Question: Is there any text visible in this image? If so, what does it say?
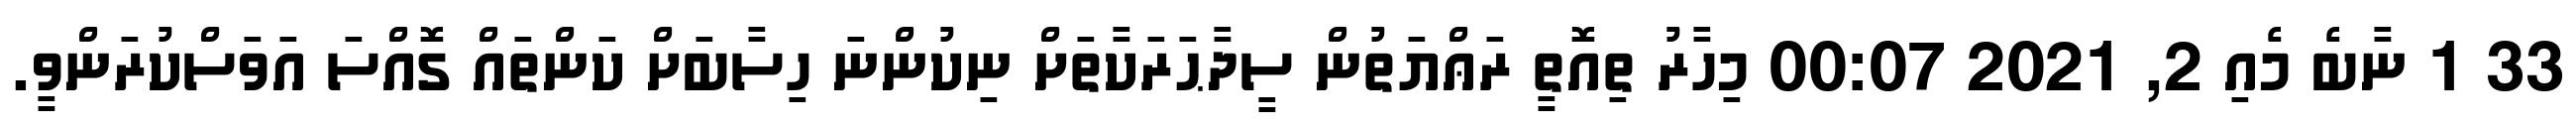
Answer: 33 1 ނާބެ މެއި 2, 2021 00:07 މިހާރު ތިއޮތީ ރަޢްޔަތުން ސީދާޙަރަކާތަށް ނިކުންނަ ހިސާބަށް ކަންތައް ގޮއްސަ އަވަސްކުރަންވީ.